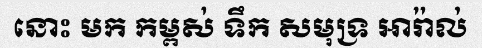
នោះ មក កម្ពស់ ទឹក សមុទ្រ អារ៉ាល់